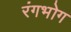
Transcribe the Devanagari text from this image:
रंगभोग